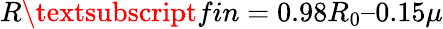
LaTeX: R\textsubscript{fin}=0.98R_{0}–0.15\mu